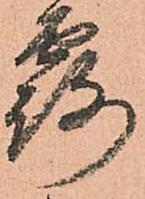
露